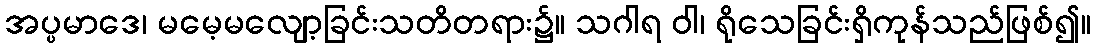
အပ္ပမာဒေ၊ မမေ့မလျော့ခြင်းသတိတရား၌။ သဂါရ ဝါ၊ ရိုသေခြင်းရှိကုန်သည်ဖြစ်၍။